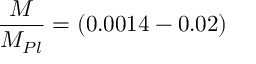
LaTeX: \frac { M } { M _ { P l } } = ( 0 . 0 0 1 4 - 0 . 0 2 )